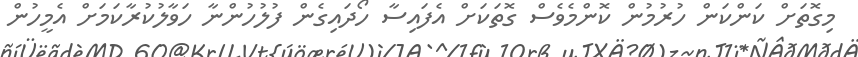
މިގޮތަށް ކަންކަން ހުރުމުން ކޮންމެވެސް ގޮތަކަށް އެފައިސާ ހޯދައިގެން ފުލުހުންނާ ހަވާލުކުރާކަމަށް އެމީހުން